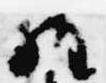
経